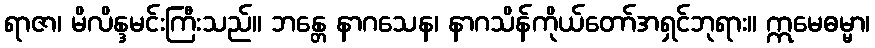
ရာဇာ၊ မိလိန္ဒမင်းကြီးသည်။ ဘန္တေ နာဂသေန၊ နာဂသိန်ကိုယ်တော်အရှင်ဘုရား။ ဣမေဓမ္မာ၊